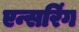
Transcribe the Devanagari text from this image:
एन्सरिंग